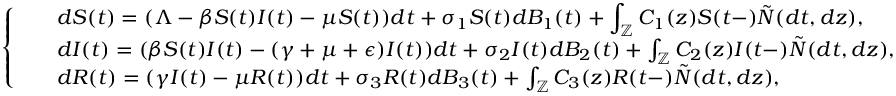
\left\{ \begin{array} { l l } { \begin{array} { r l } & { \displaystyle { d S ( t ) } = ( \Lambda - \beta S ( t ) I ( t ) - \mu S ( t ) ) d t + \sigma _ { 1 } S ( t ) d B _ { 1 } ( t ) + \int _ { \mathbb { Z } } C _ { 1 } ( z ) S ( t - ) \tilde { N } ( d t , d z ) , } \\ & { { d I ( t ) } = ( \beta S ( t ) I ( t ) - ( \gamma + \mu + \epsilon ) I ( t ) ) d t + \sigma _ { 2 } I ( t ) d B _ { 2 } ( t ) + \int _ { \mathbb { Z } } C _ { 2 } ( z ) I ( t - ) \tilde { N } ( d t , d z ) , } \\ & { { d R ( t ) } = ( \gamma I ( t ) - \mu R ( t ) ) d t + \sigma _ { 3 } R ( t ) d B _ { 3 } ( t ) + \int _ { \mathbb { Z } } C _ { 3 } ( z ) R ( t - ) \tilde { N } ( d t , d z ) , } \end{array} } \end{array} \right.